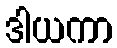
ဒါယကာ